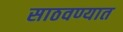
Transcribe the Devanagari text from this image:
साठवण्यात